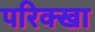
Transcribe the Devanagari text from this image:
परिक्खा